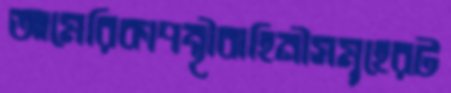
আমেরিকাপন্থীবাহিনীসমূহেরট